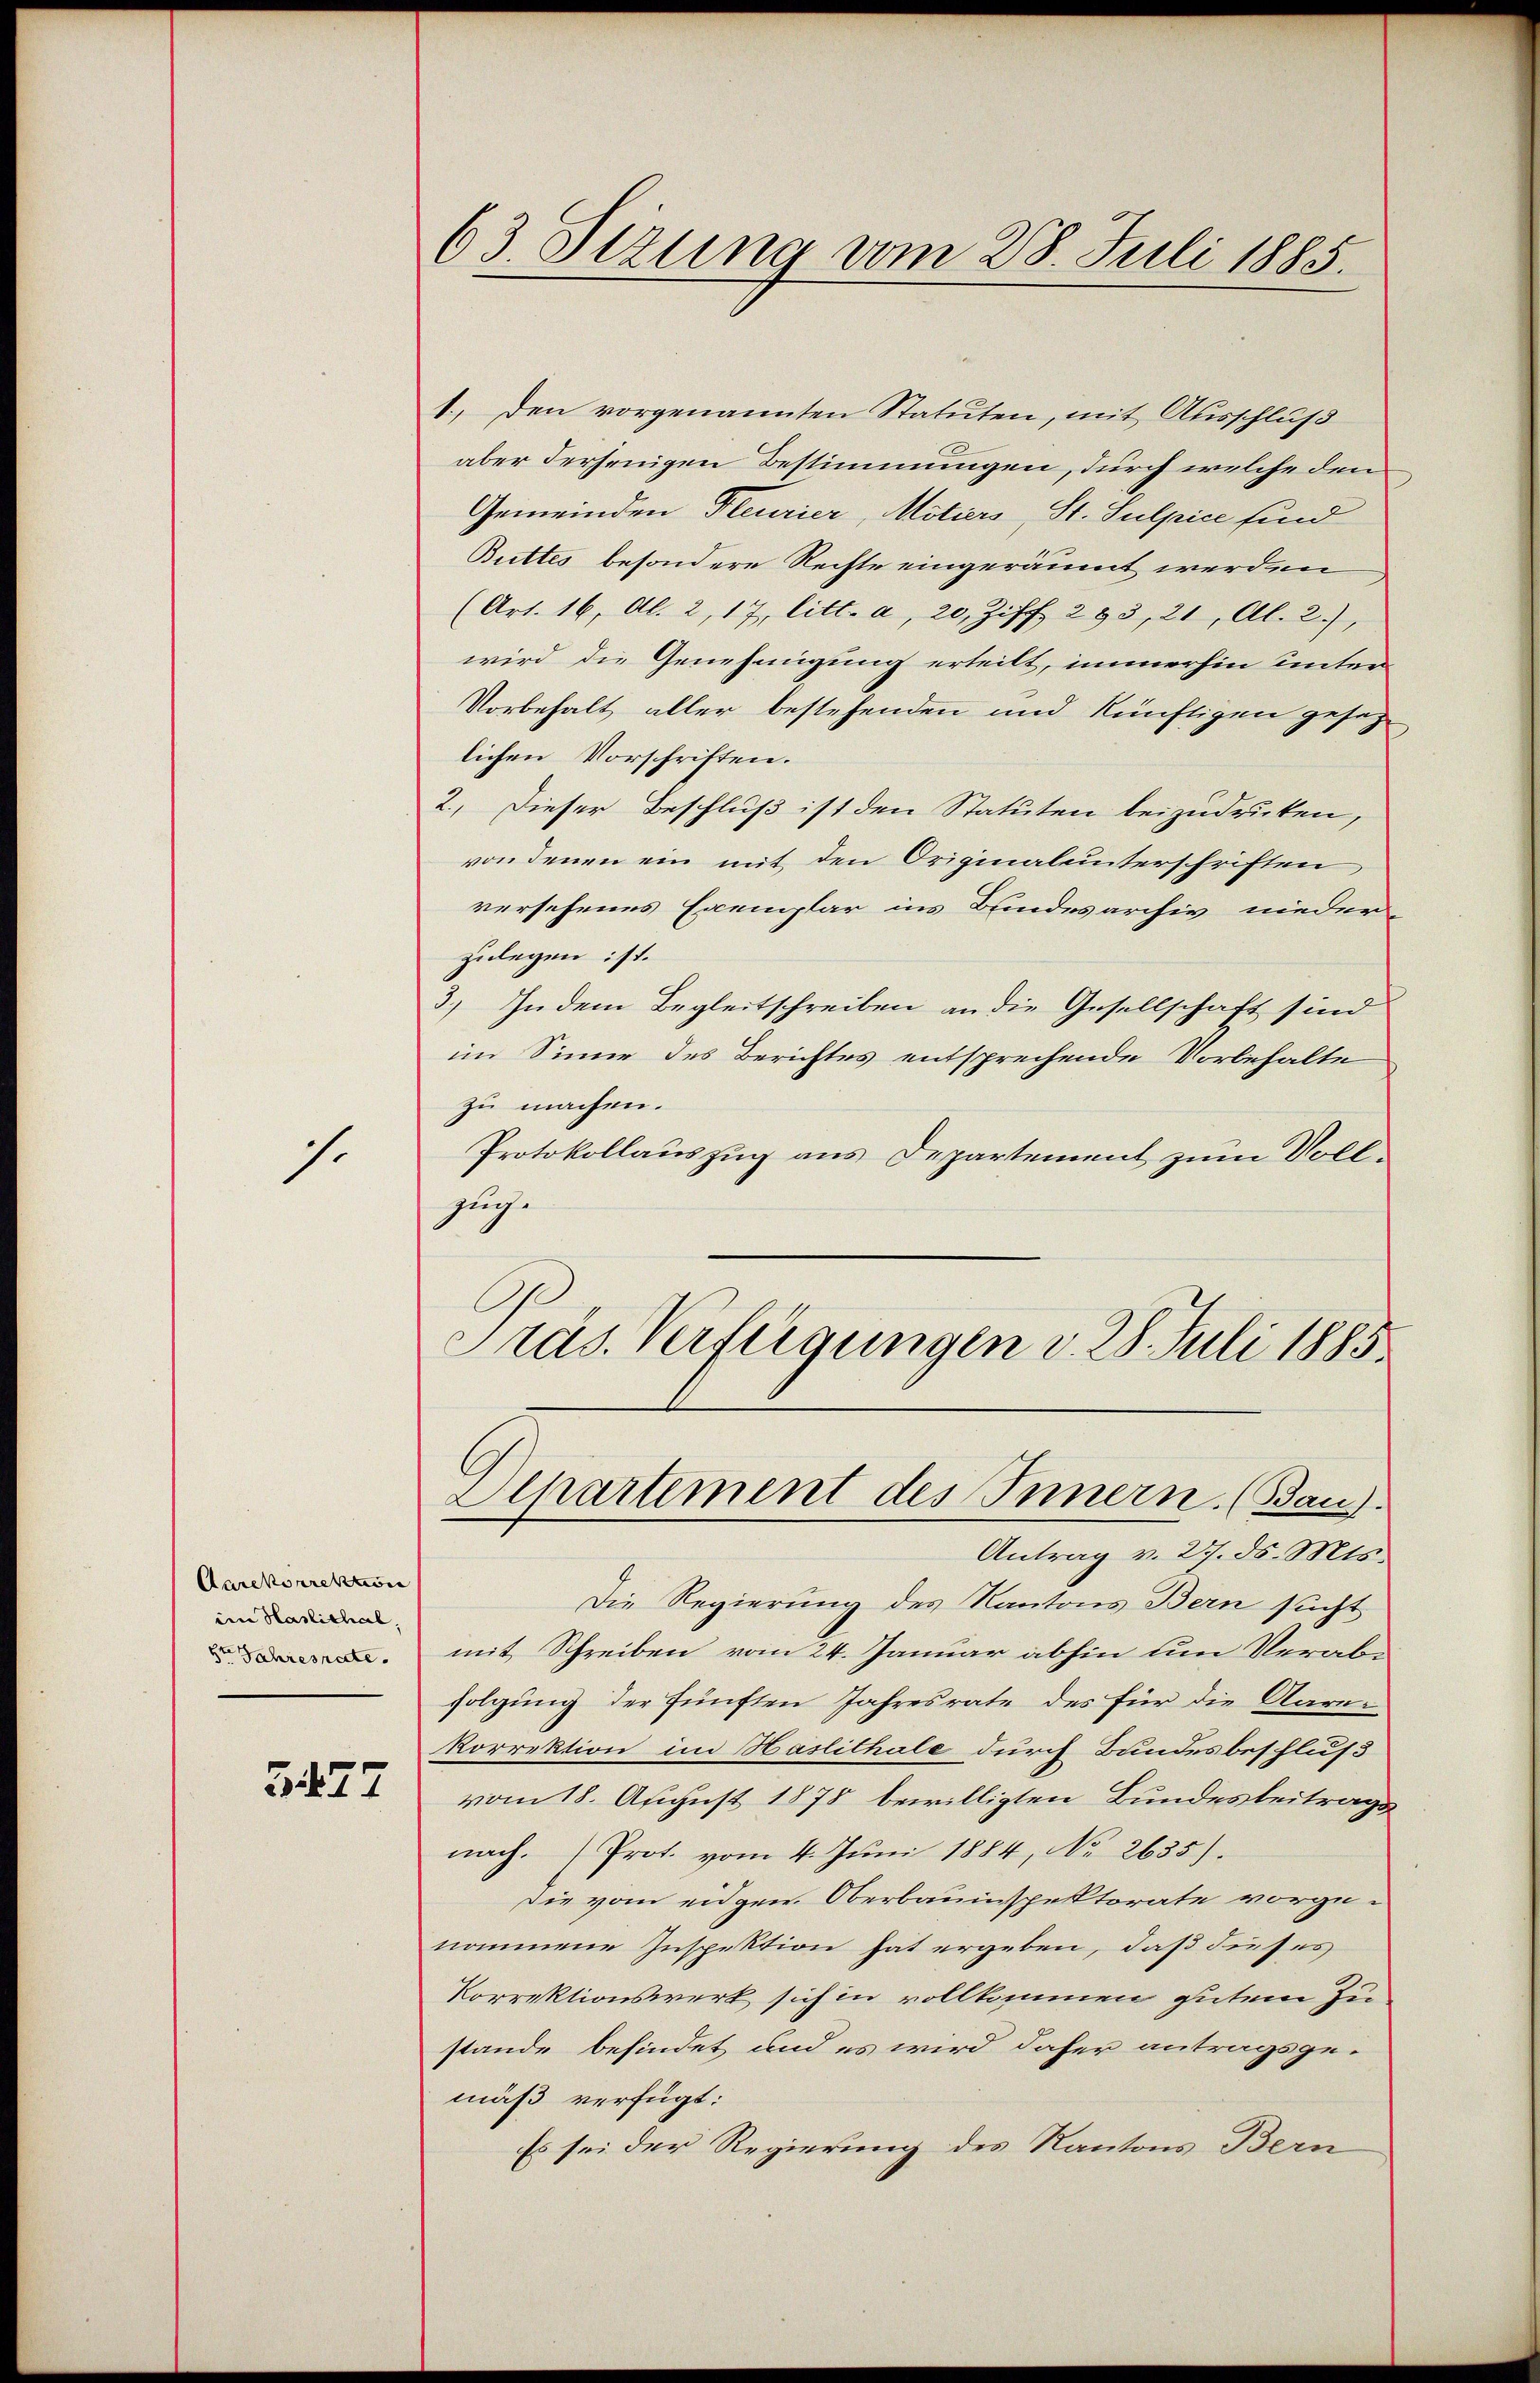
s.

Aarekorrektion
im Haslichel
8t Jahresrate.

3477

1., den vorgenannten Statuten, mit Ausschluß
aber derjenigen Bestimmungen, durch welche den
Gemeinden Feurier, Mitiers, St. Sulpice sind
Buttes besondere Rechte eingeräumt werden
(Art. 16, Al. 2, 17 litt. a, 20, Ziff. 283, 21, Al. 2.),
wird die Genehmigung erteilt, immerhin unter
Vorbehalt aller bestehenden und künftigen gesetzlichen Vorschriften.
2.) Dieser Beschluß ist den Statuten beizudrucken,
von denen ein mit den Originalunterschriften
versehenes Exemplar ins Bundesarchiv nieder-
zulegen ist.
3.) In dem Begleitschreiben an die Gesellschaft sind
im Sinne des Berichtes entsprechende Vorbehalte
zu machen.
Protokollauszug aus Departement zum Vollsuch.
Präs. Verfügungen v. 28. Juli 1885

63. Sizung vom 28. Juli 1885.

Apartement des Innern. (Bau).

Antrag v. 27. ds. Mts.
Die Regierung des Kantons Bern sucht
mit Schreiben vom 24. Januar abhin um Verabfolgung der fünften Jahresrate des für die Aare-
korrektion im Haslithale durch Bundesbeschluß
vom 18. August 1878 bewilligten Bundesbeitragsnach. (Prot. vom 4. Jŭni 1884, No 2635).
Die vom eigen Oberbauinspektorate vorgenommene Inspektion hat ergeben, daß dieses
Korrektionswerk sich in vollkommen gutem Zu-
stande befindet und es wird daher antragsgemäß verfügt:
Es sei der Regierung des Kantons Bern